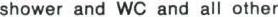
shower and WC and all other